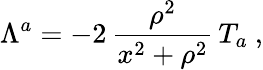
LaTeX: \Lambda^{a}=-2\, \frac{\rho^{2}}{x^{2}+\rho^{2}}\, T_{a}\ ,